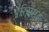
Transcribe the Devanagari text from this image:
पेरिसमई